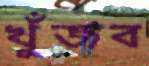
খুঁজব